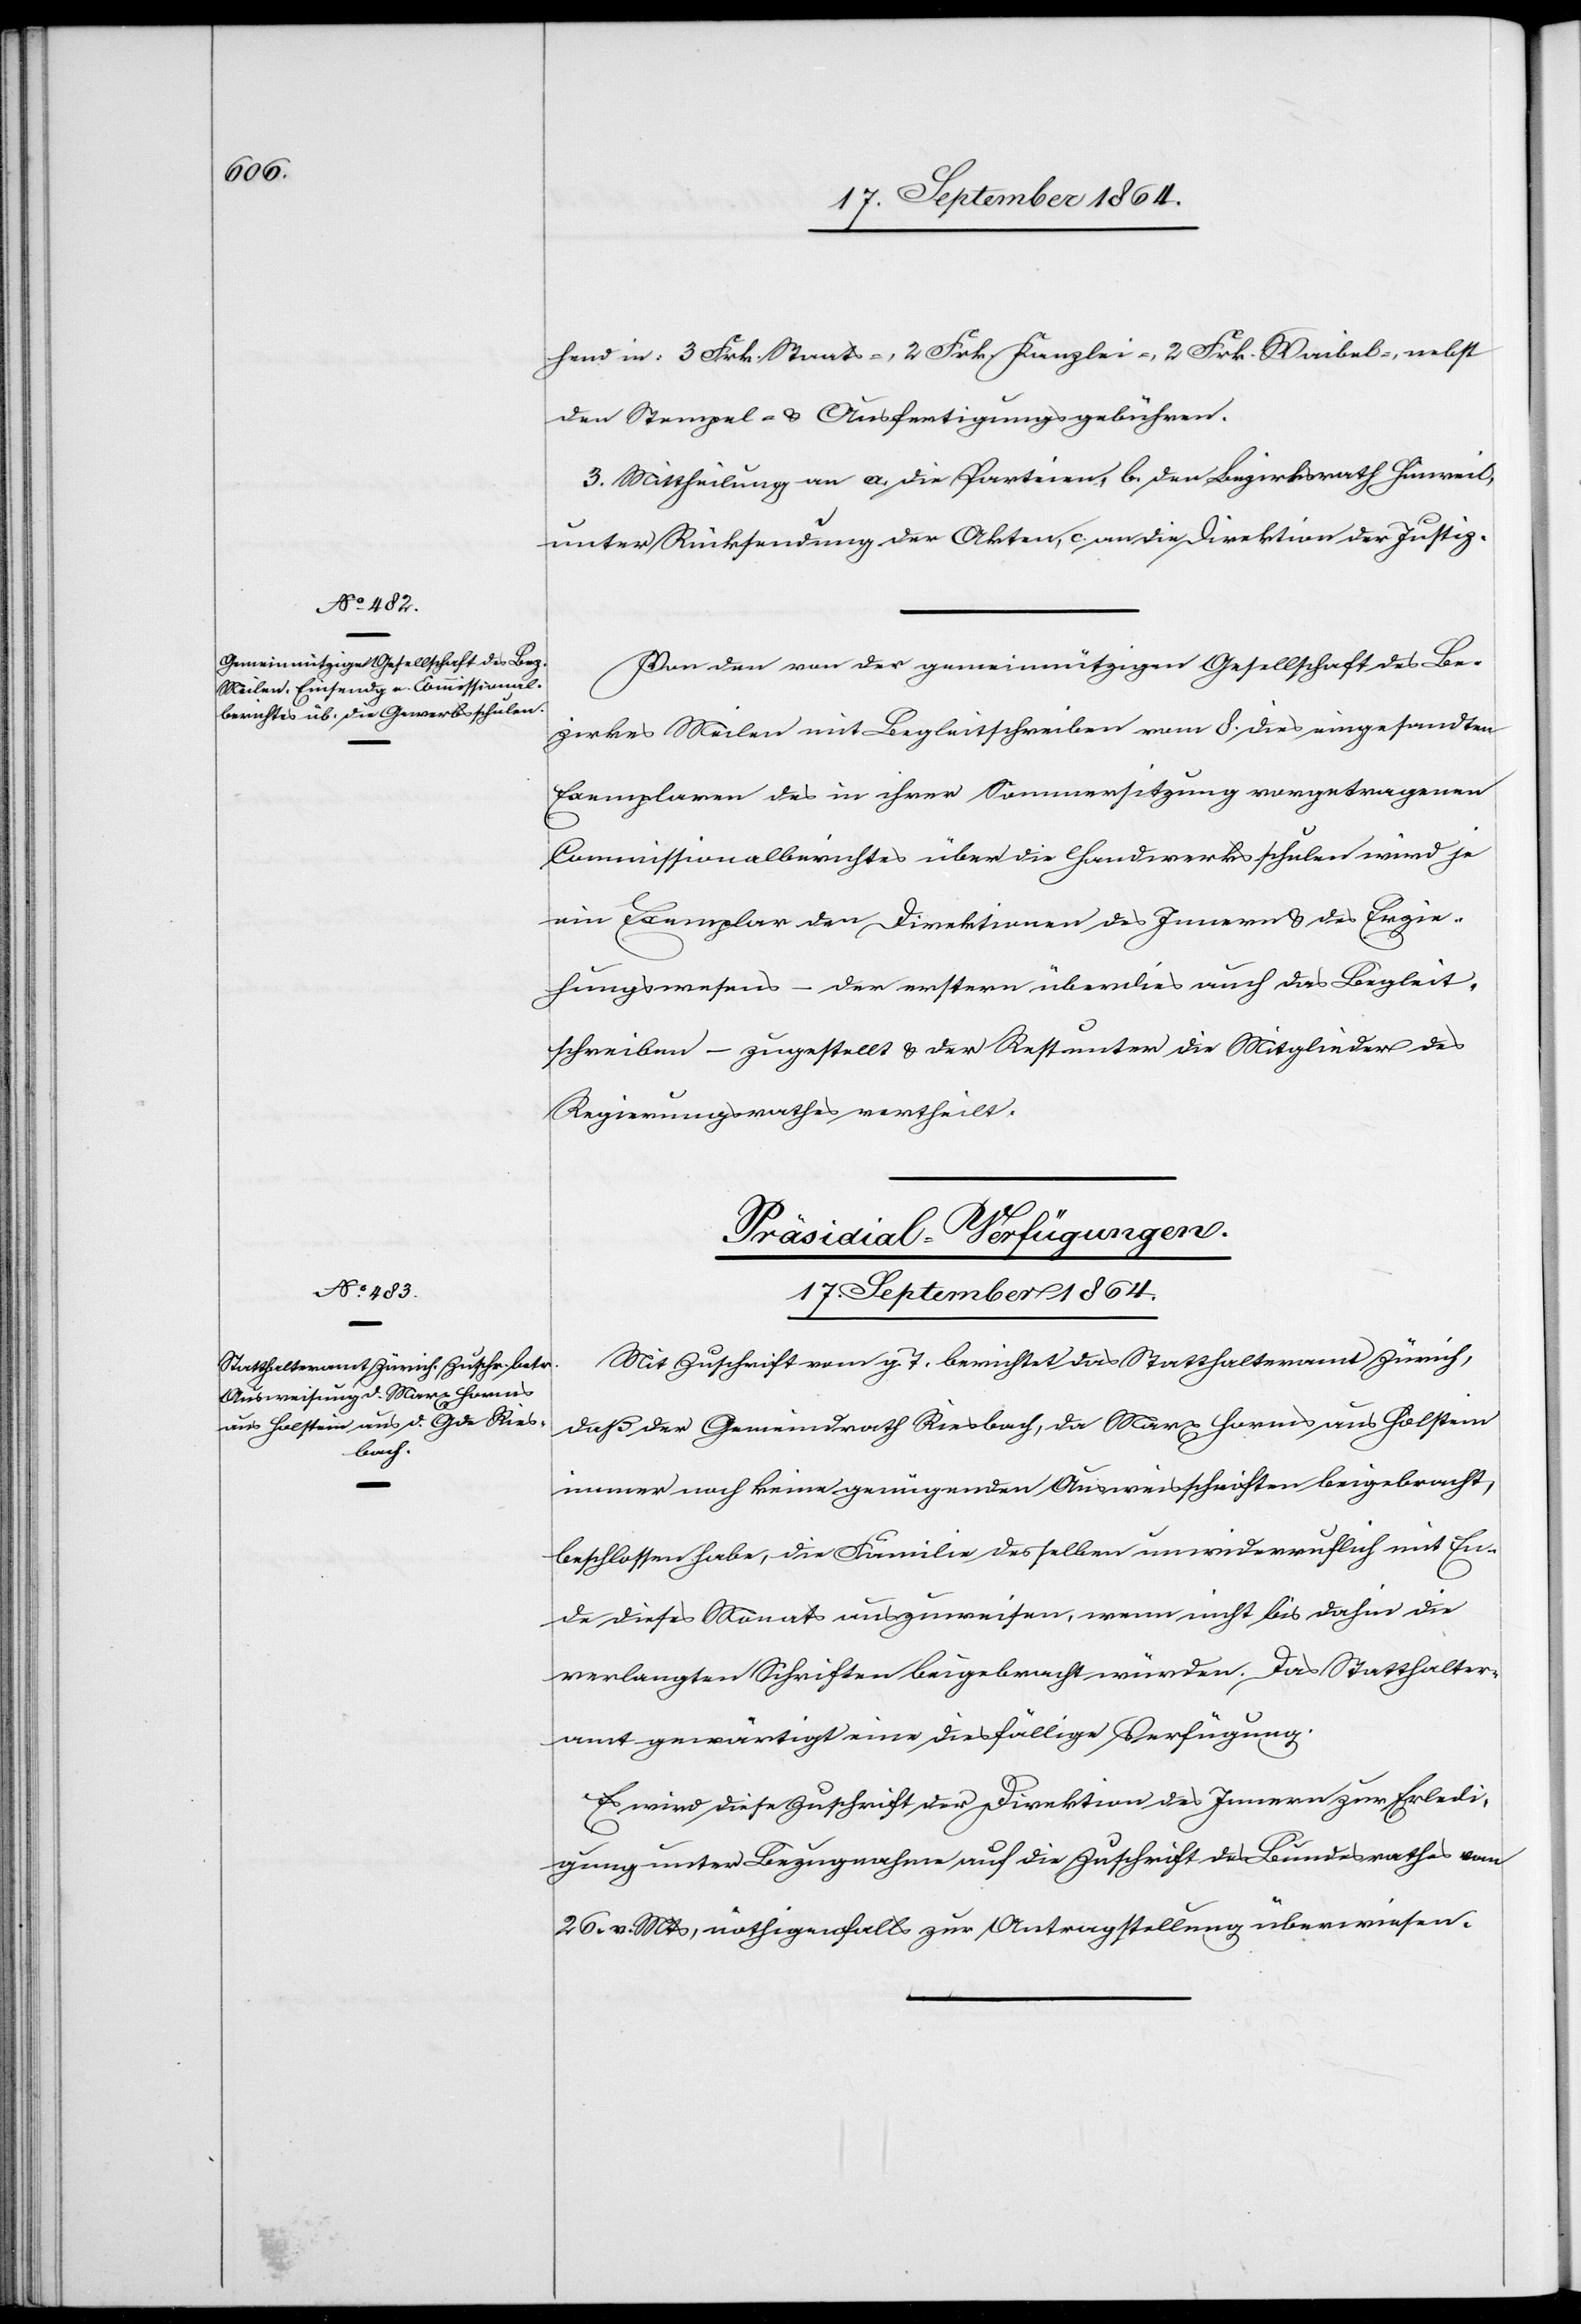
17. September 1864.
Von den von der gemeinnützigen Gesellschaft des Be¬
zirkes Meilen mit Begleitschreiben vom 8. dies eingesandten
Exemplaren des in ihrer Sommersitzung vorgetragenen
Commissionalberichtes über die Handwerksschulen wird je
ein Exemplar den Direktionen des Innern & des Erzie¬
hungswesens – der erstern überdies auch das Begleit¬
schreiben – zugestellt & der Rest unter die Mitglieder des
Regierungsrathes vertheilt.
Präsidial-Verfügungen.
Mit Zuschrift vom g. T berichtet das Statthalteramt Zürich,
daß der Gemeindrath Riesbach, da Marx Horms aus Holstein
immer noch keine genügenden Ausweisschriften beigebracht,
beschlossen habe, die Familie desselben unwiderruflich mit En¬
de dieses Monats auszuweisen, wenn nicht bis dahin die
verlangten Schriften beigebracht würden. Das Statthalter¬
amt gewärtigt eine diesfällige Verfügung.
Es wird diese Zuschrift der Direktion des Innern zur Erledi¬
gung unter Bezugnahme auf die Zuschrift des Bundesrathes vom
26. v. Mts, nöthigenfalls zur Antragstellung überwiesen.